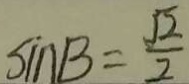
\sin B = \frac { \sqrt { 2 } } { 2 }